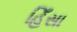
હિઁસા